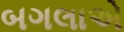
બગલાએ